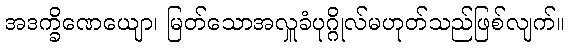
အဒက္ခိဏေယျော၊ မြတ်သောအလှူခံပုဂ္ဂိုလ်မဟုတ်သည်ဖြစ်လျက်။